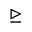
\trianglerighteq